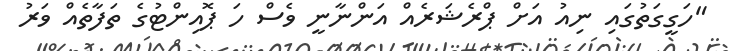
"ހަގީގަތުގައި ނިއު އަށް ޕްރެޝަރެއް އަންނާނީ ވެސް ހަ ޕޮއިންޓުގެ ތަފާތެއް ވަރު